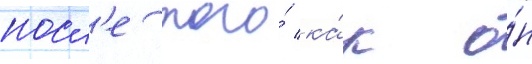
посл'е того́ ка́к о́н